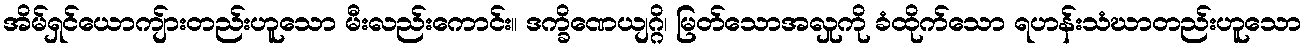
အိမ်ရှင်ယောကျ်ားတည်းဟူသော မီးလည်းကောင်း။ ဒက္ခိဏေယျဂ္ဂိ၊ မြတ်သောအလှုကို ခံထိုက်သော ရဟန်းသံဃာတည်းဟူသော